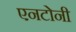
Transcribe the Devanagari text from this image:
एनटोनी